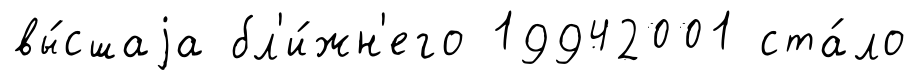
вы́сшаjа бл'и́жн'его 19942001 ста́ло